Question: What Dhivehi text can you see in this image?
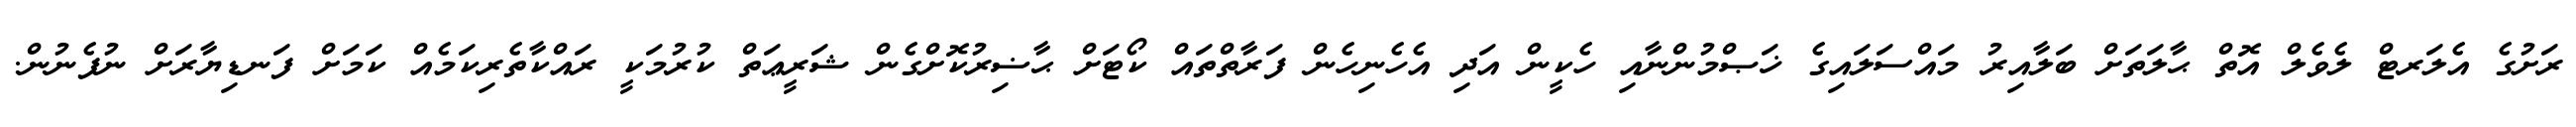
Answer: ރަށުގެ އެލަރޓް ލެވެލް އޮތް ޙާލަތަށް ބަލާއިރު މައްސަލައިގެ ޚަޞްމުންނާއި ހެކީން އަދި އެހެނިހެން ފަރާތްތައް ކޯޓަށް ޙާޟިރުކޮށްގެން ޝަރީޢަތް ކުރުމަކީ ރައްކާތެރިކަމެއް ކަމަށް ފަނޑިޔާރަށް ނުފެނުން.